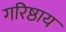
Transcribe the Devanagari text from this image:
गरिष्ठाय